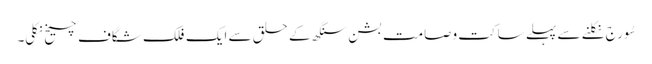
سُورج نکلنے سے پہلے ساکت وصامت بشن سنگھ کے حلق سے ایک فلک شگاف چیخ نکلی۔